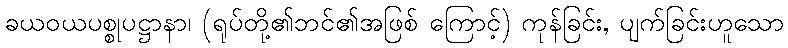
ခယဝယပစ္စုပဋ္ဌာနာ၊ (ရုပ်တို့၏ဘင်၏အဖြစ် ကြောင့်) ကုန်ခြင်း, ပျက်ခြင်းဟူသော